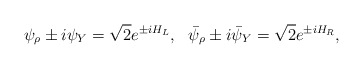
\begin{align*}\psi_\rho \pm i\psi_Y = \sqrt{2}e^{\pm iH_L},~~ \bar{\psi}_\rho \pm i\bar{\psi}_Y = \sqrt{2}e^{\pm iH_R},\end{align*}